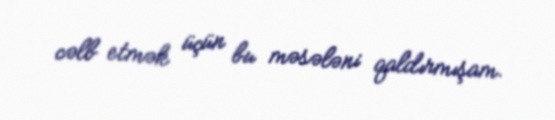
cəlb etmək üçün bu məsələni qaldırmışam.